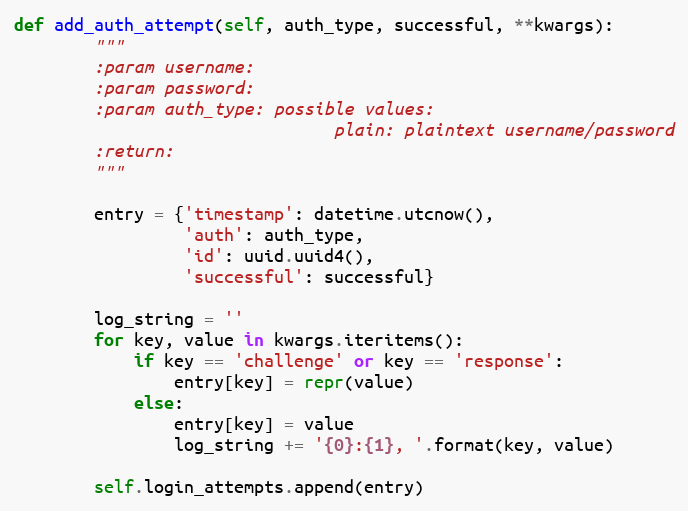
Language: Python
def add_auth_attempt(self, auth_type, successful, **kwargs):
        """
        :param username:
        :param password:
        :param auth_type: possible values:
                                plain: plaintext username/password
        :return:
        """

        entry = {'timestamp': datetime.utcnow(),
                 'auth': auth_type,
                 'id': uuid.uuid4(),
                 'successful': successful}

        log_string = ''
        for key, value in kwargs.iteritems():
            if key == 'challenge' or key == 'response':
                entry[key] = repr(value)
            else:
                entry[key] = value
                log_string += '{0}:{1}, '.format(key, value)

        self.login_attempts.append(entry)